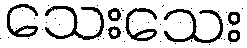
သေးသေး